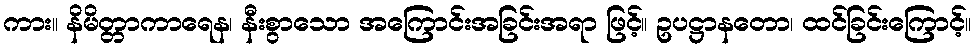
ကား။ နိမိတ္တာကာရေန၊ နီးစွာသော အကြောင်းအခြင်းအရာ ဖြင့်။ ဥပဋ္ဌာနတော၊ ထင်ခြင်းကြောင့်။